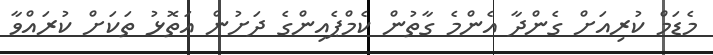
މެޑަމް ކުރިއަށް ގެންދާ އެންމެ ގާތުން ކެމްޕެއިންގެ ދަށުން އަތޮޅު ތަކަށް ކުރައްވާ